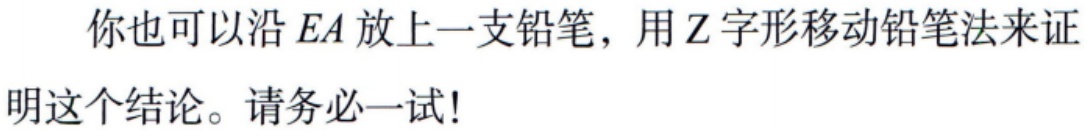
你也可以沿 \(EA\) 放上一支铅笔，用 \(Z\) 字形移动铅笔法来证明这个结论。请务必一试!